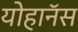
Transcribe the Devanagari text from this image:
योहानॅस